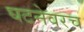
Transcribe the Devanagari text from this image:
घटनेवरच